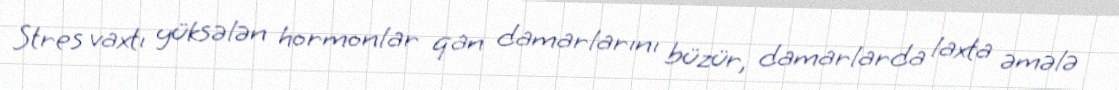
Stres vaxtı yüksələn hormonlar qan damarlarını büzür, damarlarda laxta əmələ